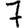
Digit: 7